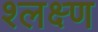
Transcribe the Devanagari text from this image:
श्लक्ष्ण